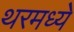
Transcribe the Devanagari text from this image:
थरमध्ये